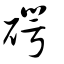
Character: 𥔲